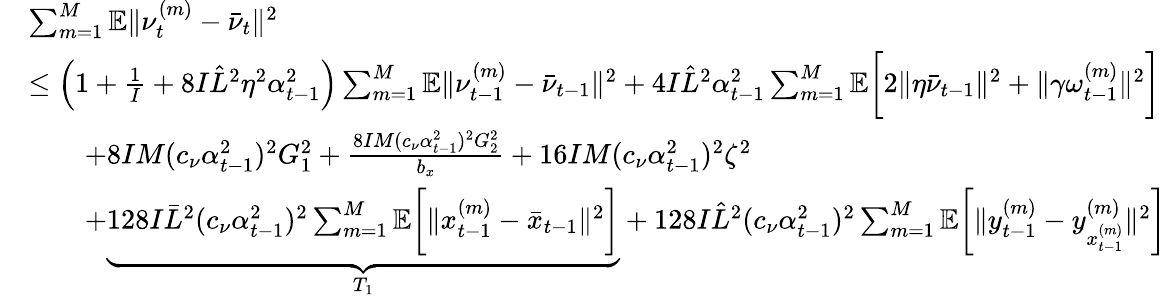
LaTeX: \begin{array}{rl}&{\sum_{m=1}^{M}\mathbb{E}\| \nu_{t}^{(m)}-\bar{\nu}_{t}\| ^{2}}\\ &{\leq\left(1+\frac{1}{I}+8I\hat{L}^{2}\eta^{2}\alpha_{t-1}^{2}\right)\sum_{m=1}^{M}\mathbb{E}\| \nu_{t-1}^{(m)}-\bar{\nu}_{t-1}\| ^{2}+4I\hat{L}^{2}\alpha_{t-1}^{2}\sum_{m=1}^{M}\mathbb{E}\bigg[2\| \eta\bar{\nu}_{t-1}\| ^{2}+\| \gamma\omega_{t-1}^{(m)}\| ^{2}\bigg]}\\ &{\qquad+8IM(c_{\nu}\alpha_{t-1}^{2})^{2}G_{1}^{2}+\frac{8IM(c_{\nu}\alpha_{t-1}^{2})^{2}G_{2}^{2}}{b_{x}}+16IM(c_{\nu}\alpha_{t-1}^{2})^{2}\zeta^{2}}\\ &{\qquad+\underbrace{128I\bar{L}^{2}(c_{\nu}\alpha_{t-1}^{2})^{2}\sum_{m=1}^{M}\mathbb{E}\bigg[\| x_{t-1}^{(m)}-\bar{x}_{t-1}\| ^{2}\bigg]}_{T_{1}}+128I\hat{L}^{2}(c_{\nu}\alpha_{t-1}^{2})^{2}\sum_{m=1}^{M}\mathbb{E}\bigg[\| y_{t-1}^{(m)}-y_{x_{t-1}^{(m)}}^{(m)}\| ^{2}\bigg]}\end{array}